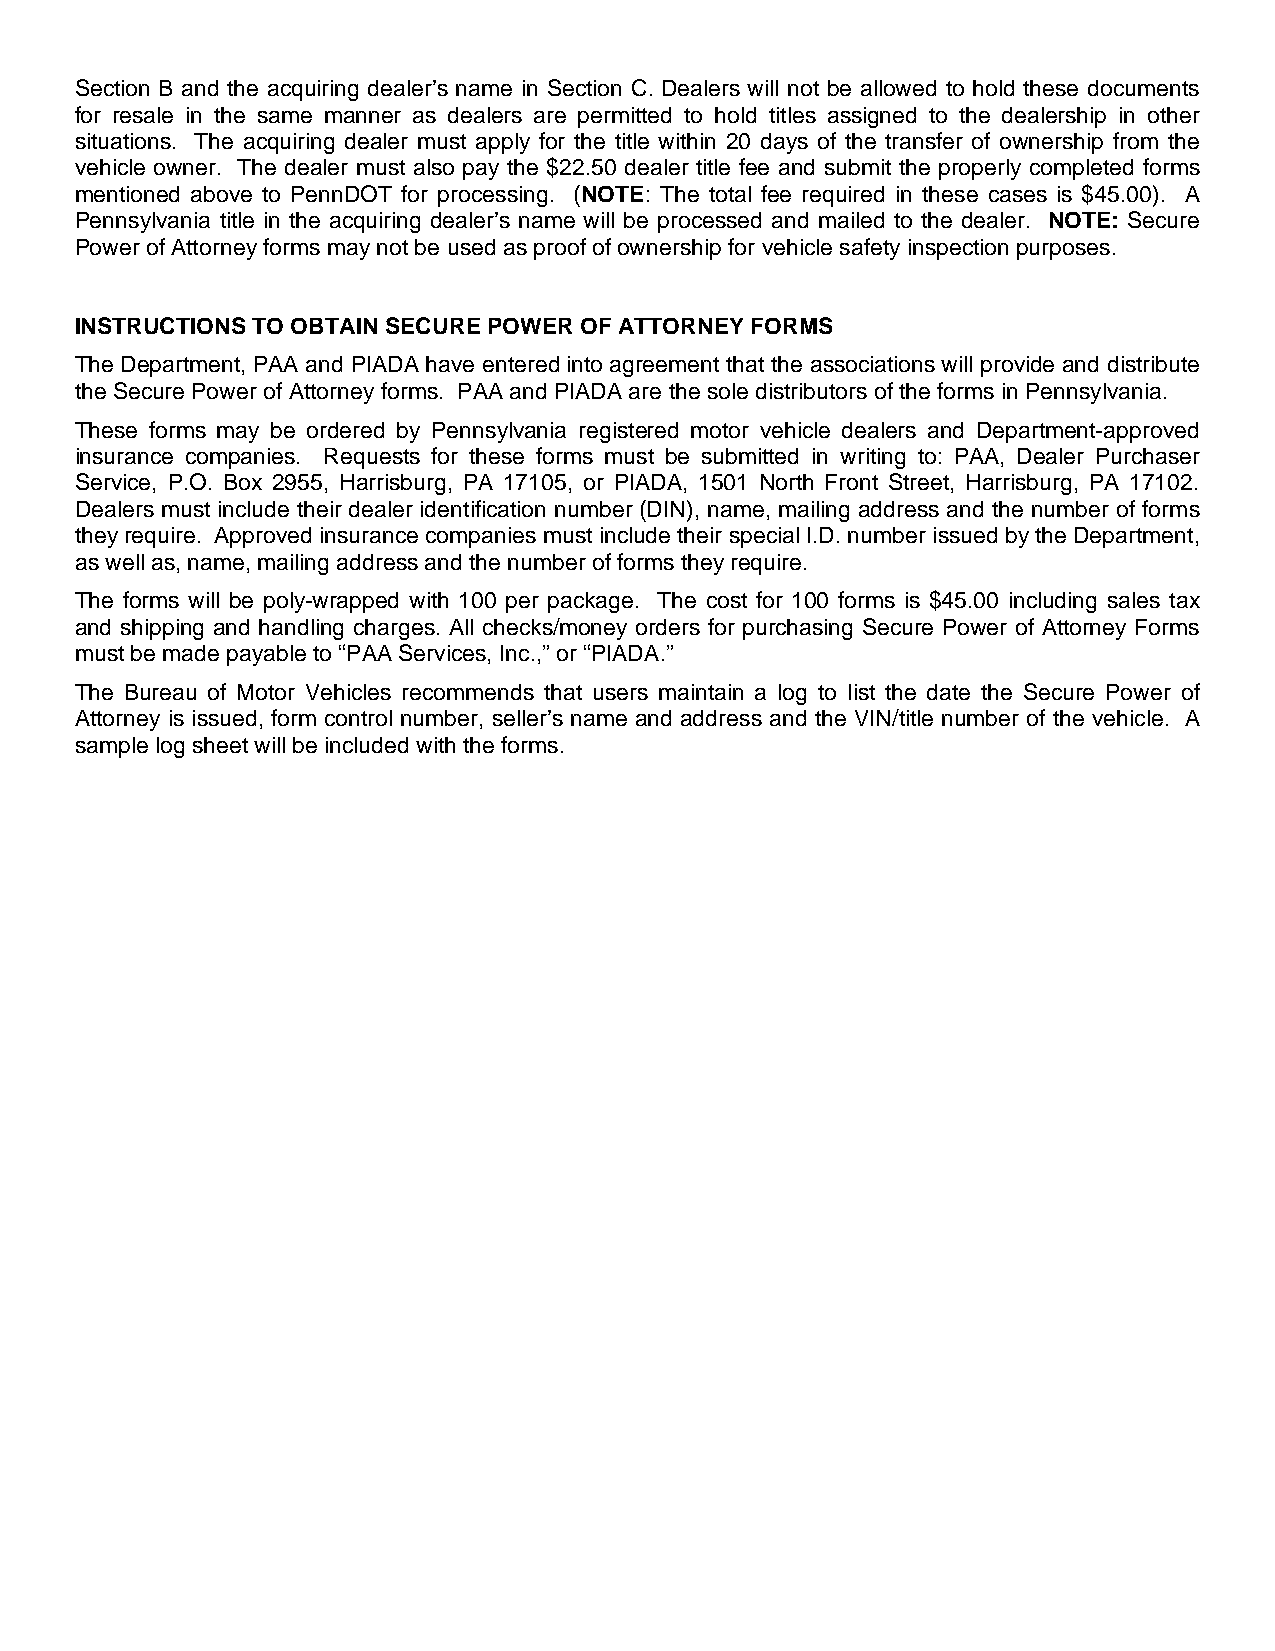
Section B and the acquiring dealer’s name in Section C. Dealers will not be allowed to hold these documents
 for resale in the same manner as dealers are permitted to hold titles assigned to the dealership in other
 situations. The acquiring dealer must apply for the title within 20 days of the transfer of ownership from the
 vehicle owner. The dealer must also pay the $22.50 dealer title fee and submit the properly completed forms
 mentioned above to PennDOT for processing. (NOTE: The total fee required in these cases is $45.00). A
 Pennsylvania title in the acquiring dealer’s name will be processed and mailed to the dealer. NOTE: Secure
 Power of Attorney forms may not be used as proof of ownership for vehicle safety inspection purposes.
 INSTRUCTIONS TO OBTAIN SECURE POWER OF ATTORNEY FORMS
 The Department, PAA and PIADA have entered into agreement that the associations will provide and distribute
 the Secure Power of Attorney forms. PAA and PIADA are the sole distributors of the forms in Pennsylvania.
 These forms may be ordered by Pennsylvania registered motor vehicle dealers and Department-approved
 insurance companies. Requests for these forms must be submitted in writing to: PAA, Dealer Purchaser
 Service, P.O. Box 2955, Harrisburg, PA 17105, or PIADA, 1501 North Front Street, Harrisburg, PA 17102.
 Dealers must include their dealer identification number (DIN), name, mailing address and the number of forms
 they require. Approved insurance companies must include their special I.D. number issued by the Department,
 as well as, name, mailing address and the number of forms they require.
 The forms will be poly-wrapped with 100 per package. The cost for 100 forms is $45.00 including sales tax
 and shipping and handling charges. All checks/money orders for purchasing Secure Power of Attorney Forms
 must be made payable to “PAA Services, Inc.,” or “PIADA.”
 The Bureau of Motor Vehicles recommends that users maintain a log to list the date the Secure Power of
 Attorney is issued, form control number, seller’s name and address and the VIN/title number of the vehicle. A
 sample log sheet will be included with the forms.